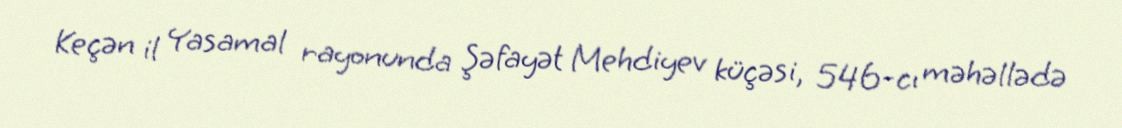
Keçən il Yasamal rayonunda Şəfayət Mehdiyev küçəsi, 546-cı məhəllədə